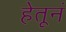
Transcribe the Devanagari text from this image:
हेतूनं